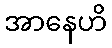
အာနေဟိ